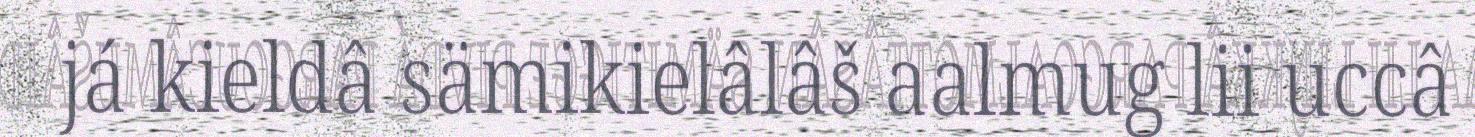
já kieldâ sämikielâlâš aalmug lii uccâ